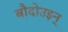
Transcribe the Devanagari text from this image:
बौदोउइन्